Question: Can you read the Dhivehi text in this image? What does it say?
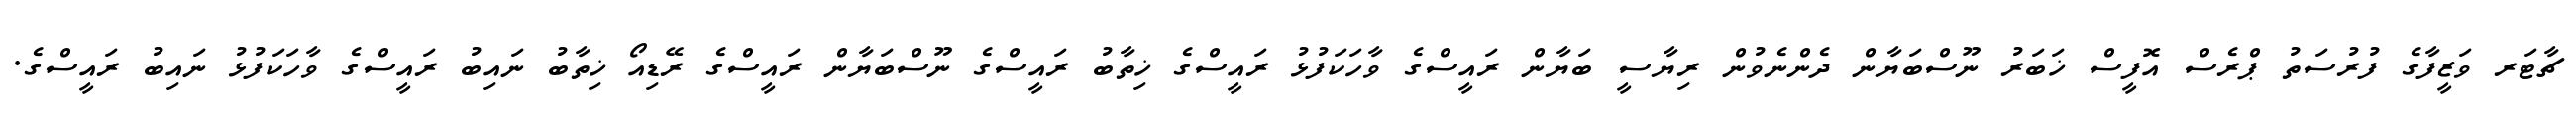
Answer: ޗާޓަރ ވަޒީފާގެ ފުރުސަތު ޕްރެސް އޮފީސް ޚަބަރު ނޫސްބަޔާން ދެންނެވުން ރިޔާސީ ބަޔާން ރައީސްގެ ވާހަކަފުޅު ރައީސްގެ ޚިތާބު ރައީސްގެ ނޫސްބަޔާން ރައީސްގެ ރޭޑިއޯ ޚިތާބު ނައިބު ރައީސްގެ ވާހަކަފުޅު ނައިބު ރައީސްގެ.